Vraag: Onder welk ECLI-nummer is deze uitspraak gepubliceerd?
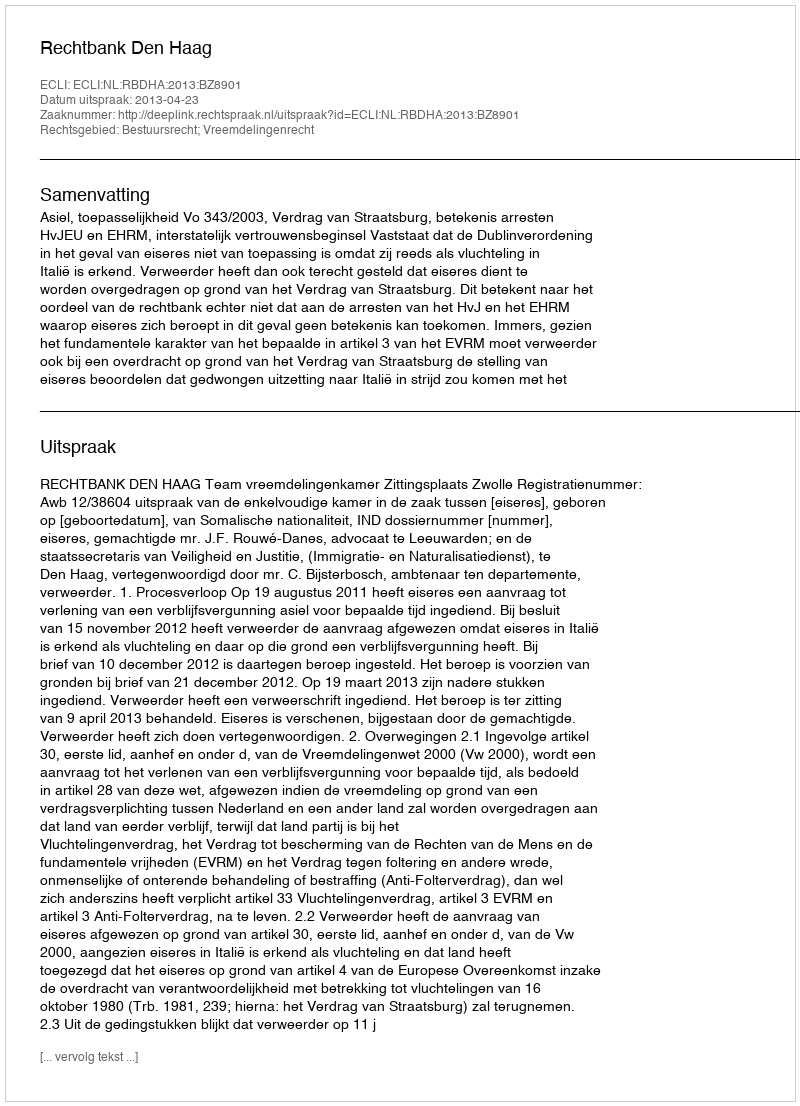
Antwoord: ECLI:NL:RBDHA:2013:BZ8901